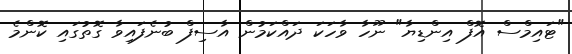
"ޓައިމްސް އޮފް އިންޑިޔާ" ނޫހާ ވާހަކަ ދައްކަމުން އާސިފް ބުނެފައިވާ ގޮތުގައި ކޮންމެ